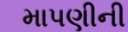
માપણીની